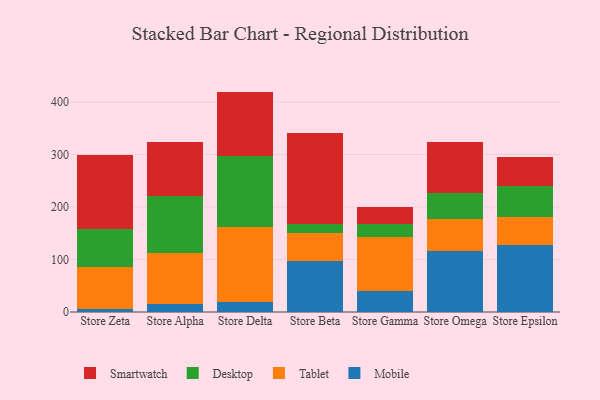
{"axis": {"x": "Store", "y": "Backlog"}, "legend": ["Desktop", "Mobile", "Smartwatch", "Tablet"], "data": [{"x": "Store Zeta", "y": 6.0, "type": "Mobile"}, {"x": "Store Zeta", "y": 79.5, "type": "Tablet"}, {"x": "Store Zeta", "y": 73.3, "type": "Desktop"}, {"x": "Store Zeta", "y": 139.6, "type": "Smartwatch"}, {"x": "Store Alpha", "y": 15.1, "type": "Mobile"}, {"x": "Store Alpha", "y": 96.6, "type": "Tablet"}, {"x": "Store Alpha", "y": 109.0, "type": "Desktop"}, {"x": "Store Alpha", "y": 103.5, "type": "Smartwatch"}, {"x": "Store Delta", "y": 19.8, "type": "Mobile"}, {"x": "Store Delta", "y": 142.5, "type": "Tablet"}, {"x": "Store Delta", "y": 134.1, "type": "Desktop"}, {"x": "Store Delta", "y": 123.5, "type": "Smartwatch"}, {"x": "Store Beta", "y": 97.0, "type": "Mobile"}, {"x": "Store Beta", "y": 53.3, "type": "Tablet"}, {"x": "Store Beta", "y": 16.5, "type": "Desktop"}, {"x": "Store Beta", "y": 174.4, "type": "Smartwatch"}, {"x": "Store Gamma", "y": 40.9, "type": "Mobile"}, {"x": "Store Gamma", "y": 102.4, "type": "Tablet"}, {"x": "Store Gamma", "y": 23.5, "type": "Desktop"}, {"x": "Store Gamma", "y": 33.0, "type": "Smartwatch"}, {"x": "Store Omega", "y": 116.2, "type": "Mobile"}, {"x": "Store Omega", "y": 61.9, "type": "Tablet"}, {"x": "Store Omega", "y": 48.0, "type": "Desktop"}, {"x": "Store Omega", "y": 97.3, "type": "Smartwatch"}, {"x": "Store Epsilon", "y": 128.0, "type": "Mobile"}, {"x": "Store Epsilon", "y": 52.8, "type": "Tablet"}, {"x": "Store Epsilon", "y": 59.6, "type": "Desktop"}, {"x": "Store Epsilon", "y": 55.2, "type": "Smartwatch"}]}